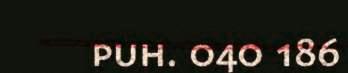
puh. 040 186